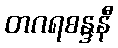
တဂရစန္ဒနီ